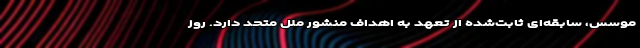
موسس، سابقه‌ای ثابت‌شده از تعهد به اهداف منشور ملل متحد دارد. روز